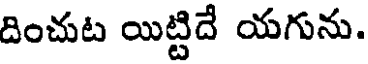
దించుట యిట్టిదే యగును.